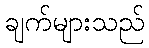
ချက်များသည်